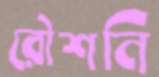
রৌশনি